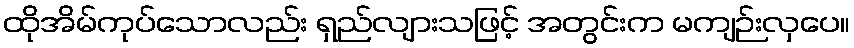
ထိုအိမ်ကုပ်သောလည်း ရှည်လျားသဖြင့် အတွင်းက မကျဉ်းလှပေ။